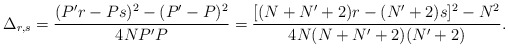
\begin{align*}\Delta_{r,s}=\frac{(P'r-Ps)^2-(P'-P)^2}{4NP'P}=\frac{[ (N+N'+2)r-(N'+2)s]^2-N^2}{4N(N+N'+2)(N'+2)}.\end{align*}